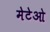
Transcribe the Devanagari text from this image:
मेटेओ